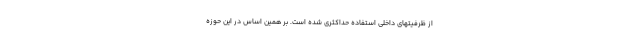
از ظرفیتهای داخلی استفاده حداکثری شده است. بر همین اساس در این حوزه